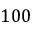
1 0 0